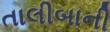
તાલીબાની